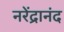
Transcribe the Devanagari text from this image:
नरेंद्रानंद